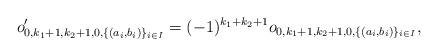
LaTeX: \begin{align*}o'_{0,k_1+1,k_2+1,0,\{(a_i,b_i)\}_{i\in I}} = (-1)^{k_1+k_2+1} o_{0,k_1+1,k_2+1,0,\{(a_i,b_i)\}_{i\in I}},\end{align*}